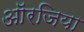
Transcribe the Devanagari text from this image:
ऑरजिया